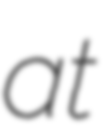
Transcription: at